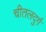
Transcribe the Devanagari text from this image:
चीतलदुर्ग